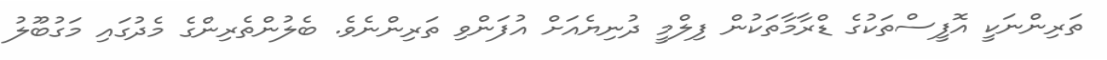
ތަރިންނަކީ އޮފީސްތަކުގެ ޑްރާމާތަކުން ފިލްމީ ދުނިޔެއަށް އުފަންވި ތަރިންނެވެ. ބެލުންތެރިންގެ މެދުގައި މަގުބޫލު